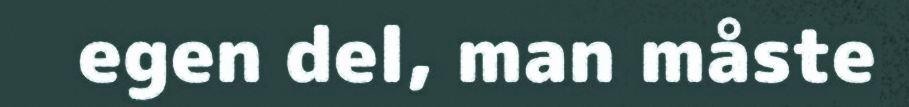
egen del, man måste